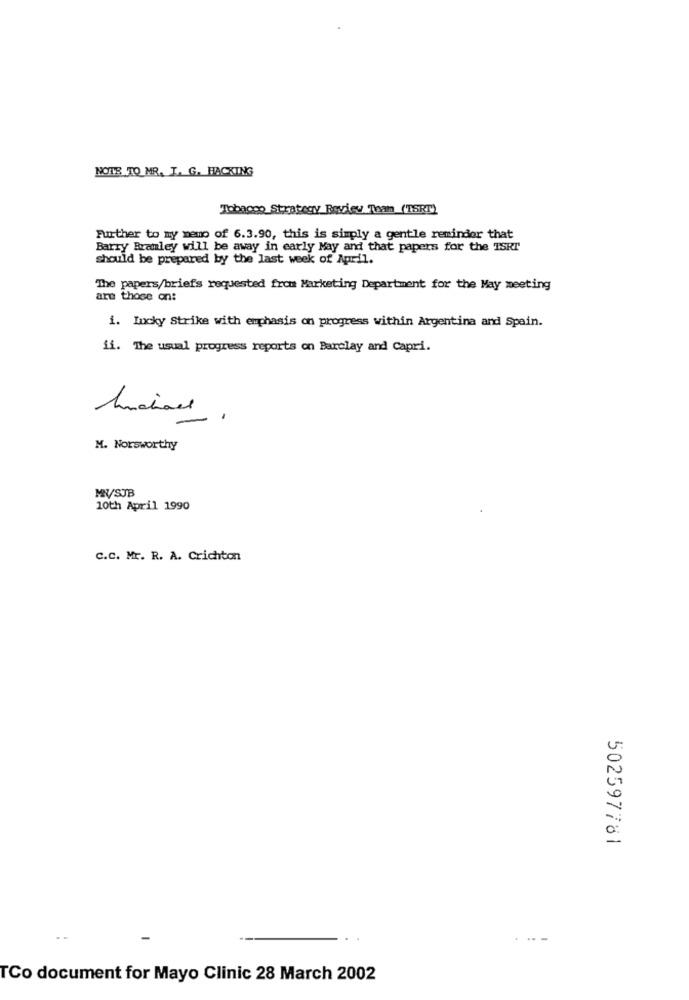
NOTE TO MR. I. G. HACKING
Tobacco Strategy Review Team (TSRT)
Further to my memo of 6.3.90, this is simply a gentle reminder that
Barry Bramley will be away in early May and that papers for the TSRI
should be prepared by the last week of April.
The papers/brief's requested from Marketing Department for the May meeting
are those on:
i. Incky Strike with emphasis on progress within Argentina and Spain.
fi. The usual progress reports on Barclay and Capri.
Luciael
M. Norsworthy
MV/SUB
10th April 1990
C.C. Mr. R. A. Crichton
502597781
.--
TCo document for Mayo Clinic 28 March 2002